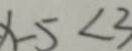
x - 5 < 3